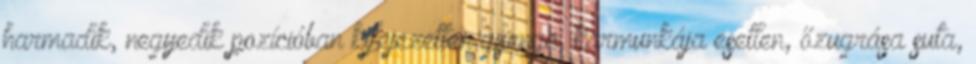
harmadik, negyedik pozícióban kifejezetten gyenge, karmunkája esetlen, őzugrása suta,